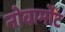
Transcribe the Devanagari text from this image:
नोवामोंट